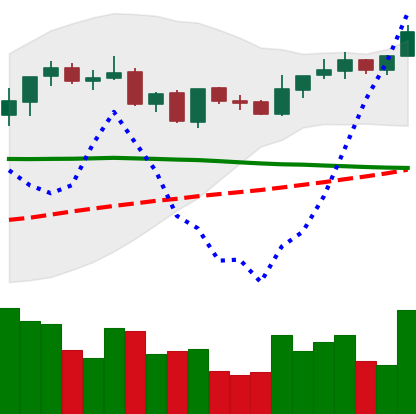
Ticker: XRP-USD
Chart end date: 2021-09-06
Forward return: -22.276%
Label: down_7plus